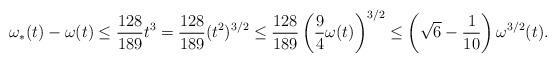
LaTeX: \begin{align*} \omega_*(t)-\omega(t) \leq \frac{128}{189}t^3 = \frac{128}{189}(t^2)^{3/2} \leq \frac{128}{189}\left(\frac{9}{4}\omega(t)\right)^{3/2} \leq \left(\sqrt{6}-\frac{1}{10}\right) \omega^{3/2}(t) .\end{align*}